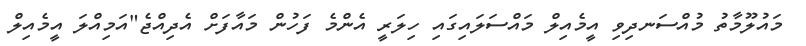
މައުލޫމާތު މުއްސަނދިވި އީމެއިލް މައްސަލައިގައި ހިލަރީ އެންމެ ފަހުން މައާފަށް އެދިއްޖެ"އަމިއްލަ އީމެއިލް